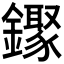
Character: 𬬒